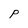
Character: P